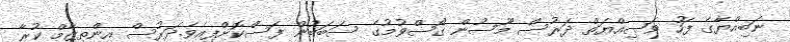
ނަބިއްޔާގެ ފަހު ވަޞިއްޔަތް ދަރުސް މޫސުން ގޯސްވުމުގެ ސަބަބުން ފަސްކޮށްފިއެވެ.ދަރުސް އިންތިޒާމް ކުރާ